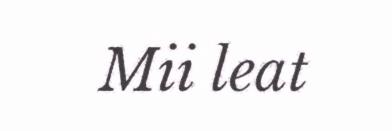
Mii leat